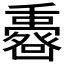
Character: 𠚟